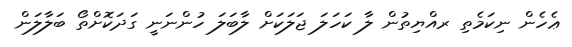
ޢެހެން ނިކަމެތި ރއްޔިތުން ލާ ކަހަލަ ޖަލަކަށް ލާބަލަ ހުންނަނީ ގަދަކޮށްތޯ ބަލާލަން